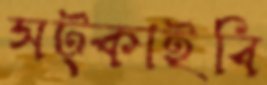
সট্‌কাইবি